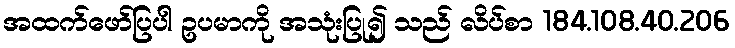
အထက်ဖော်ပြပါ ဥပမာကို အသုံးပြု၍ သည် လိပ်စာ 184.108.40.206